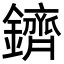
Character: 鑇